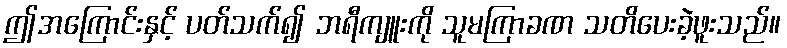
ဤအကြောင်းနှင့် ပတ်သက်၍ ဘရီကျူးကို သူမကြာခဏ သတိပေးခဲ့ဖူးသည်။